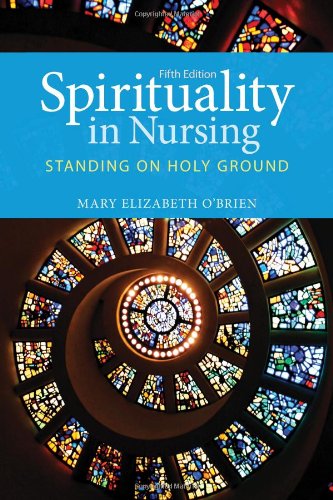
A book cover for Spirituality In Nursing: Standing on Holy Ground (O'Brien, Spirituality in Nursing); Mary Elizabeth O'Brien; Medical Books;